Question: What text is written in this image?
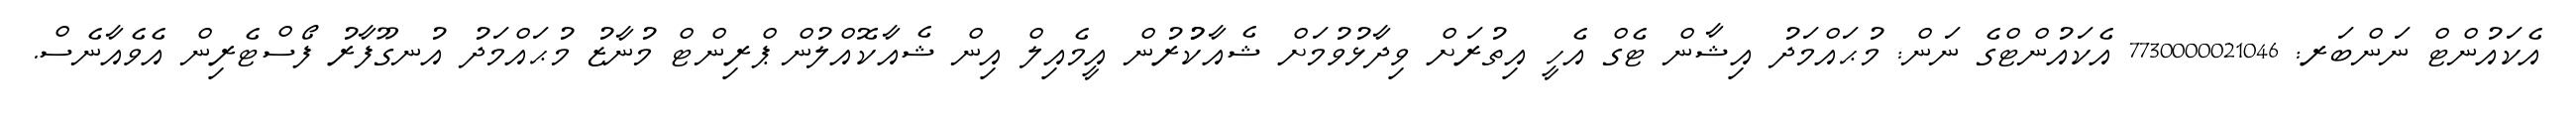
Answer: އެކައުންޓް ނަންބަރ: 7730000021046 އެކައުންޓްގެ ނަން: މުޙައްމަދު އިޝާން ޓެގް އެހީ އިތުރަށް ވިދާޅުވުމަށް ޝެއާކުުރުން އީމެއިލް އިން ޝެއާކޮއްލުން ޕްރިންޓް މުނާޒު މުޙައްމަދު އުނގޫފާރު ފޯސްޓެރިން އެވެއާނެސް.